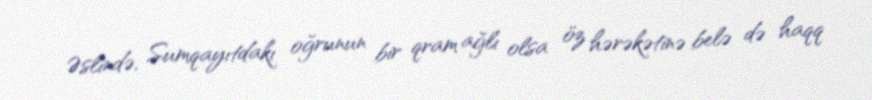
Əslində, Sumqayıtdakı oğrunun bir qram ağlı olsa öz hərəkətinə belə də haqq